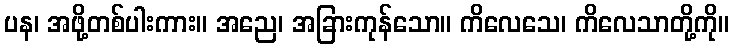
ပန၊ အဖို့တစ်ပါးကား။ အညေ၊ အခြားကုန်သော။ ကိလေသေ၊ ကိလေသာတို့ကို။